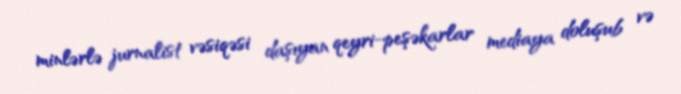
minlərlə jurnalist vəsiqəsi daşıyan qeyri-peşəkarlar mediaya doluşub və